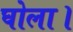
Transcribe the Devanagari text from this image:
घोला।